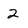
Character: 2